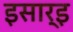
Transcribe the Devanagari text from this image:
इसार्इ